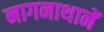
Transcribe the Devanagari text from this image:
नागनाथानें